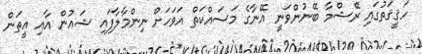
ހަޤީޤަތުގައި ރޭޝްމާ ބޭނުންވަނީ އޭނާގެ މަސައްކަތް އަވަހަށް ނިންމާލާފައި ޝައުން އާއި އީތަން